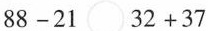
$$8 8 - 2 1 \circ 3 2 + 3 7$$